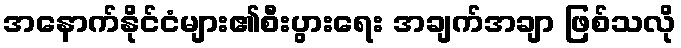
အနောက်နိုင်ငံများ၏စီးပွားရေး အချက်အချာ ဖြစ်သလို